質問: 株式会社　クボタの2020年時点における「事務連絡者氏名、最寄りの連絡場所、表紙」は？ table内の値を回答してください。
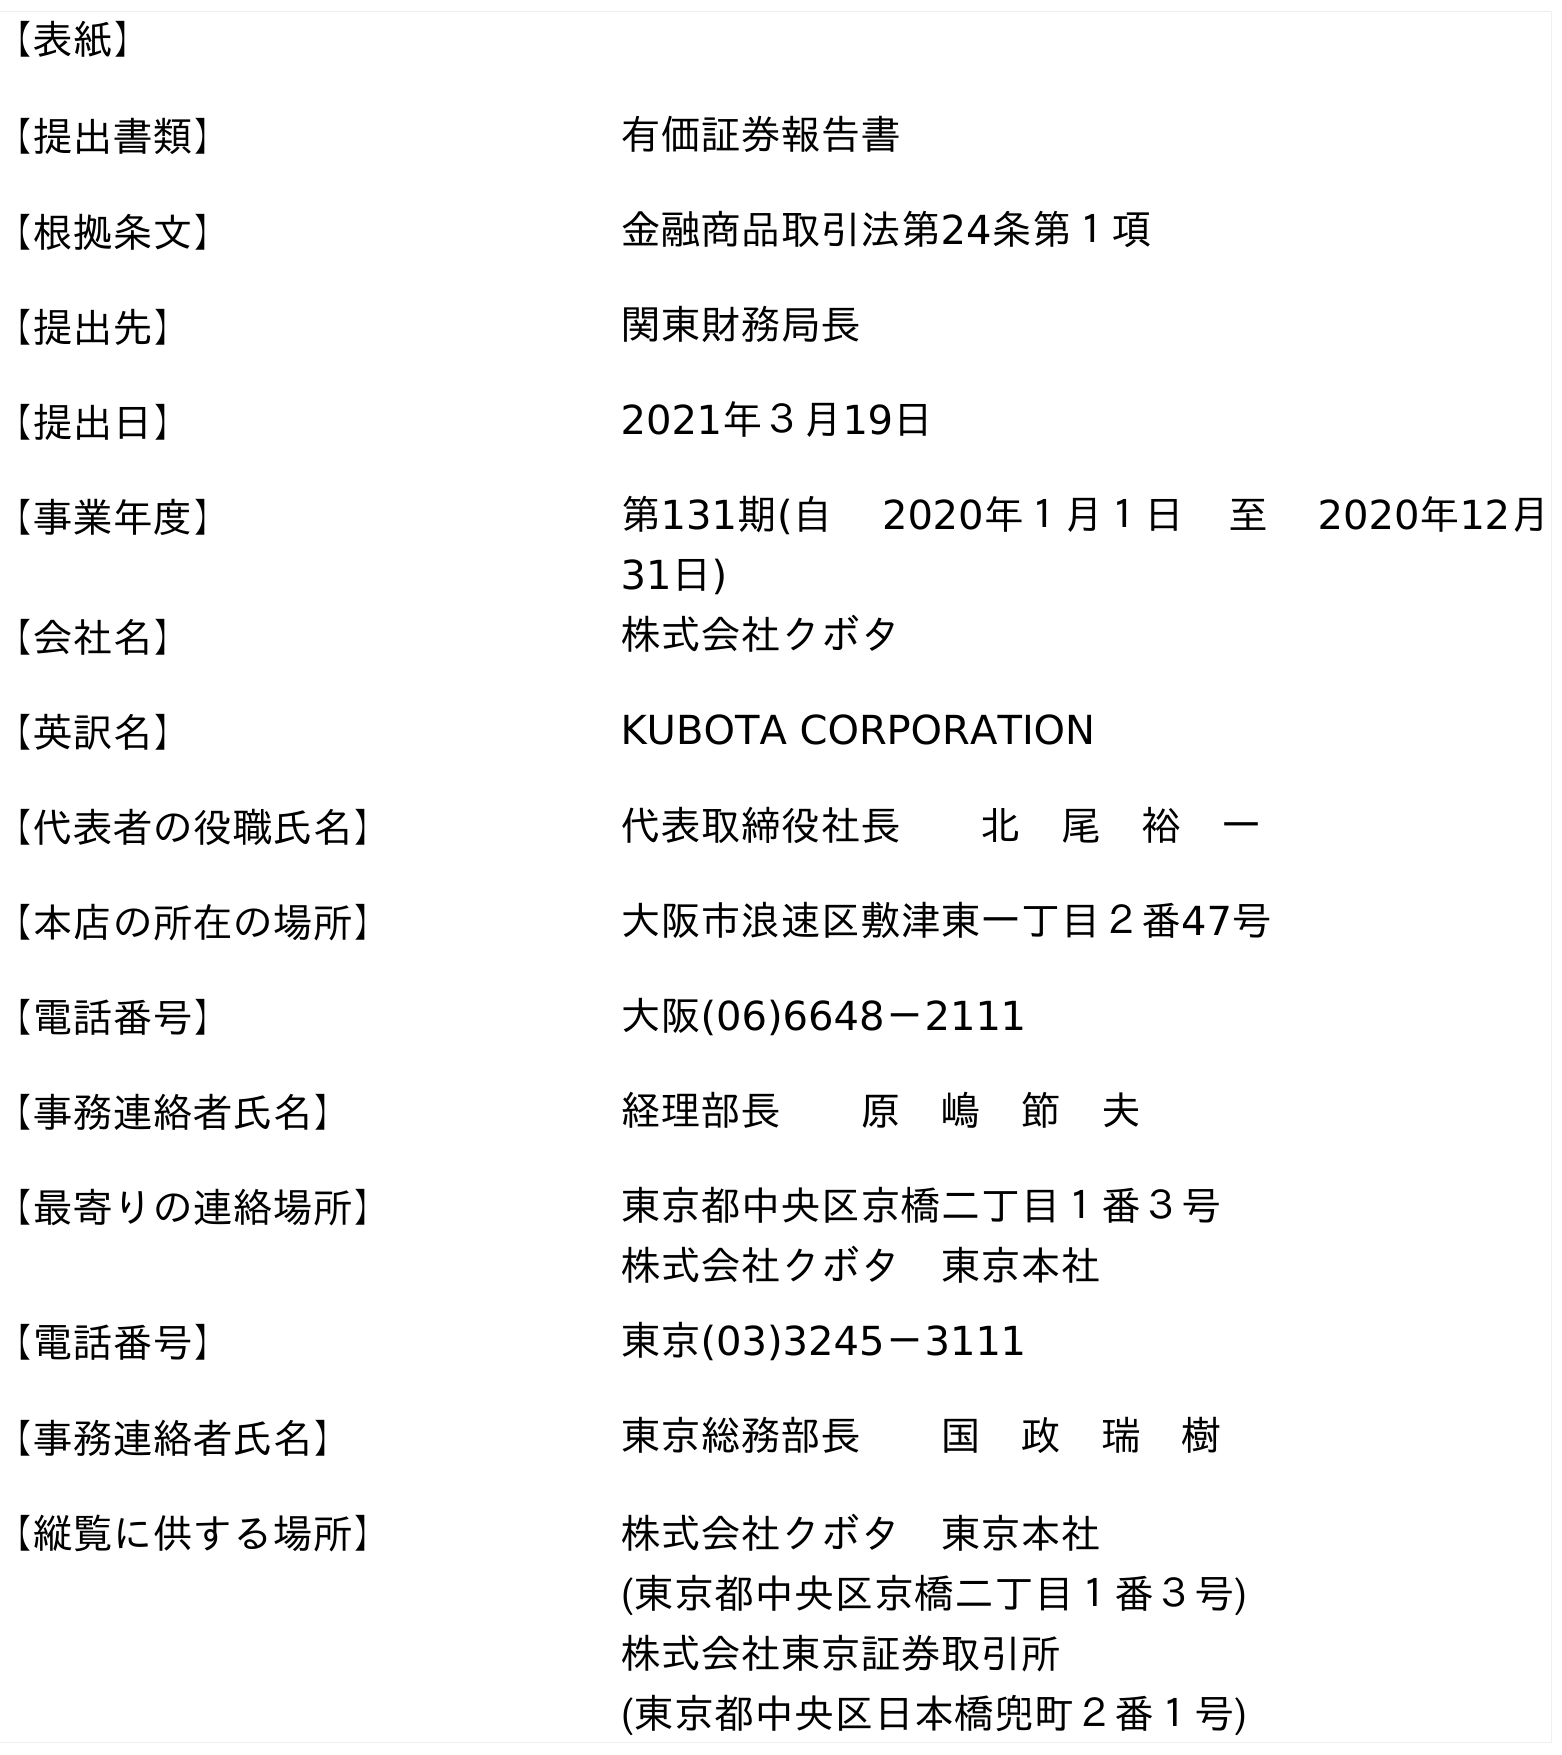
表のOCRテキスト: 【表紙】 【提出書類】 有価証券報告書 【根拠条文】 金融商品取引法第24条第１項 【提出先】 関東財務局長 【提出日】 2021年３月19日 【事業年度】 第131期(自  2020年１月１日 至  2020年12月 31日) 【会社名】 株式会社クボタ 【英訳名】 KUBOTA CORPORATION 【代表者の役職氏名】 代表取締役社長  北 尾 裕 一 【本店の所在の場所】 大阪市浪速区敷津東一丁目２番47号 【電話番号】 大阪(06)6648－2111 【事務連絡者氏名】 経理部長  原 嶋 節 夫 【最寄りの連絡場所】 東京都中央区京橋二丁目１番３号 株式会社クボタ 東京本社 【電話番号】 東京(03)3245－3111 【事務連絡者氏名】 東京総務部長  国 政 瑞 樹 【縦覧に供する場所】 株式会社クボタ 東京本社 (東京都中央区京橋二丁目１番３号) 株式会社東京証券取引所 (東京都中央区日本橋兜町２番１号)
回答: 東京総務部長国　政　瑞　樹